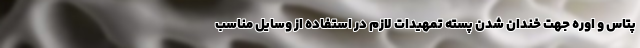
پتاس و اوره جهت خندان شدن پسته تمهیدات لازم در استفاده از وسایل مناسب